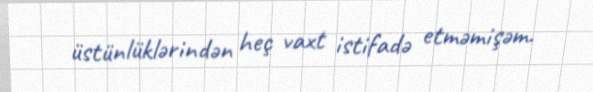
üstünlüklərindən heç vaxt istifadə etməmişəm.